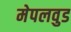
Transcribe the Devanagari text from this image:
मेपलवुड